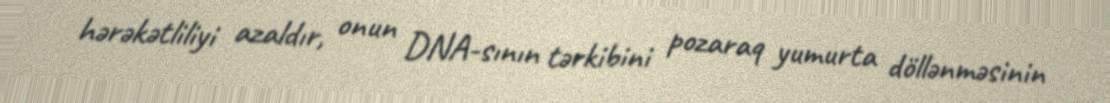
hərəkətliliyi azaldır, onun DNA-sının tərkibini pozaraq yumurta döllənməsinin